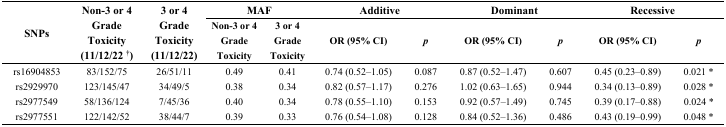
<table><thead><tr><td rowspan="2"><b>SNPs</b></td><td rowspan="2"><b>Non-3 or 4 Grade Toxicity (11/12/22 <sup>†</sup>)</b></td><td rowspan="2"><b>3 or 4 Grade Toxicity (11/12/22)</b></td><td colspan="2"><b>MAF</b></td><td colspan="2"><b>Additive</b></td><td colspan="2"><b>Dominant</b></td><td colspan="2"><b>Recessive</b></td></tr><tr><td><b>Non-3 or 4 Grade Toxicity</b></td><td><b>3 or 4 Grade Toxicity</b></td><td><b>OR (95% CI)</b></td><td><b><i>p</i></b></td><td><b>OR (95% CI)</b></td><td><b><i>p</i></b></td><td><b>OR (95% CI)</b></td><td><b><i>p</i></b></td></tr></thead><tbody><tr><td>rs16904853</td><td>83/152/75</td><td>26/51/11</td><td>0.49</td><td>0.41</td><td>0.74 (0.52–1.05)</td><td>0.087</td><td>0.87 (0.52–1.47)</td><td>0.607</td><td>0.45 (0.23–0.89)</td><td>0.021 *</td></tr><tr><td>rs2929970</td><td>123/145/47</td><td>34/49/5</td><td>0.38</td><td>0.34</td><td>0.82 (0.57–1.17)</td><td>0.276</td><td>1.02 (0.63–1.65)</td><td>0.944</td><td>0.34 (0.13–0.89)</td><td>0.028 *</td></tr><tr><td>rs2977549</td><td>58/136/124</td><td>7/45/36</td><td>0.40</td><td>0.34</td><td>0.78 (0.55–1.10)</td><td>0.153</td><td>0.92 (0.57–1.49)</td><td>0.745</td><td>0.39 (0.17–0.88)</td><td>0.024 *</td></tr><tr><td>rs2977551</td><td>122/142/52</td><td>38/44/7</td><td>0.39</td><td>0.33</td><td>0.76 (0.54–1.08)</td><td>0.128</td><td>0.84 (0.52–1.36)</td><td>0.486</td><td>0.43 (0.19–0.99)</td><td>0.048 *</td></tr></tbody></table>